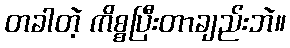
တခါတဲ့ ကိစ္စပြီးတာချည်းဘဲ။